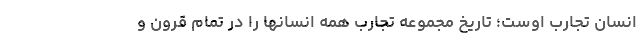
انسان تجارب اوست؛ تاريخ مجموعه تجارب همه انسانها را در تمام قرون و